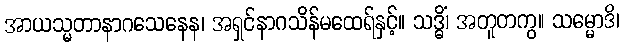
အာယသ္မတာနာဂသေနေန၊ အရှင်နာဂသိန်မထေရ်နှင့်။ သဒ္ဓိံ၊ အတူတကွ။ သမ္မောဒိ၊